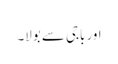
اور باجی سے بولا۔